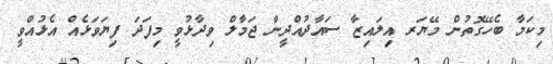
މިކަމާ ބެހޭގޮތުން މޭޔަރ އިލައިޒާ ސައާދުއްދީން ޖަމާލް ވިދާޅުވީ މިފަދަ ފިޔަވަޅެއް އެޅުއްވީ